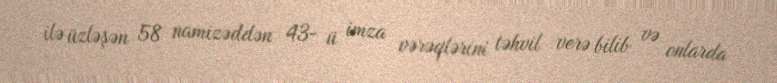
ilə üzləşən 58 namizəddən 43- ü imza vərəqlərini təhvil verə bilib və onlarda